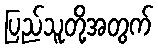
ပြည်သူတို့အတွက်